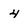
Character: 4